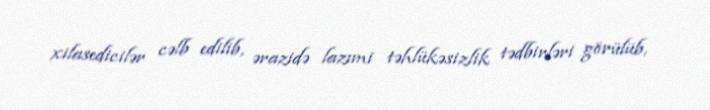
xilasedicilər cəlb edilib, ərazidə lazımi təhlükəsizlik tədbirləri görülüb,